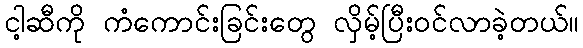
ငါ့ဆီကို ကံကောင်းခြင်းတွေ လှိမ့်ပြီးဝင်လာခဲ့တယ်။